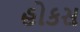
હોકસ